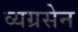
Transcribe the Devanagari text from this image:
व्यग्रसेन